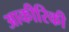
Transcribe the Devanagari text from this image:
आकीरिकी